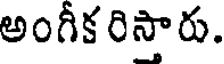
అంగీక రిస్తారు.